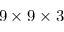
9 \times 9 \times 3